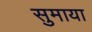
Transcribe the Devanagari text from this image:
सुमाया